Annual administration report of the Civil Veterinary Department of India - 1904-1905
Year: 1904
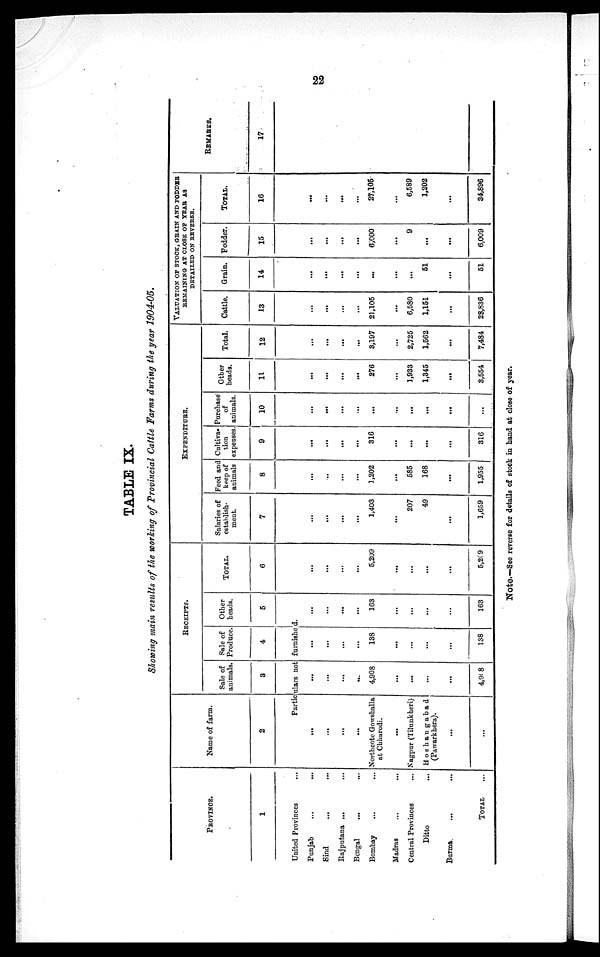
22
TABLE IX.
Showing main results of the working of Provincial Cattle Farms during the year 1904-05.
PROVINCE.
1
United Provinces ...
Punjab... ...
Sind
...
...
Rajputana ... ...
Bengal ... ...
Bombay ... ...
Madras ... ...
Central Provinces ...
Ditto ...
Burma. ... ...
TOTAL
Name of farm.
2
RECEIPTS.
Sale of
animals.
3
Sale of
Produce.
4
Other
heads.
5
Particulars not furnished.
...
...
...
...
North cote Gowshalla
at Chharodi.
...
Nagpur (Tilunkheri)
Hoshangabad
(Pawarkhera).
...
...
...
...
...
4,908
...
...
...
...
4,908
...
...
...
...
138
...
...
...
...
138
...
...
...
...
163
...
...
...
163
TOTAL.
6
...
...
...
...
5,209
...
...
...
...
5,209
EXPENDITURE.
Salaries of
establish-
ment.
7
...
...
...
...
1,403
...
207
49
...
1,659
Feed and
keep of
animals
8
...
...
...
...
1,202
...
585
168
...
1,955
Cultiva-
tion
expenses
9
...
...
...
...
316
...
...
...
...
316
Purchase
of
animals.
10
...
...
...
...
...
...
...
...
...
...
Other
heads.
11
...
...
...
...
276
...
1,933
1,345
...
3,554
Total.
12
...
...
...
...
3,197
...
2,725
1,562
...
7,484
VALUATION OF STOCK, GRAIN AND FODDER
REMAINING AT CLOSE OF YEAR AS
DETAILED ON REVERSE.
Cattle.
13
...
...
...
...
21,105
...
6,580
1,151
...
28,836
Grain.
14
...
...
...
...
...
...
...
51
...
51
Fodder.
15
...
...
...
...
6,000
...
9
...
...
6,009
TOTAL.
16
...
...
...
...
27,105
...
6,589
1,202
...
34,896
REMARKS.
17
Note.—See reverse for details of stock in hand at close of year.